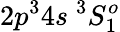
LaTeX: {2p^{3}4s~^{3}S_{1}^{o}}